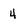
Character: 4